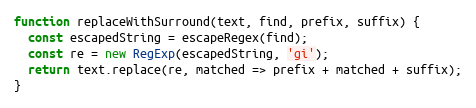
Language: JavaScript
function replaceWithSurround(text, find, prefix, suffix) {
  const escapedString = escapeRegex(find);
  const re = new RegExp(escapedString, 'gi');
  return text.replace(re, matched => prefix + matched + suffix);
}